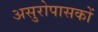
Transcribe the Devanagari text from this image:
असुरोपासकों